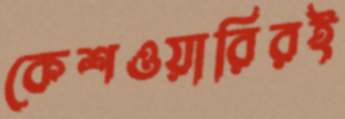
কেশওয়ারিরই